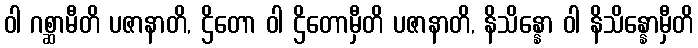
ဝါ ဂစ္ဆာမီတိ ပဇာနာတိ, ဌိတော ဝါ ဌိတောမှီတိ ပဇာနာတိ, နိသိန္နော ဝါ နိသိန္နောမှီတိ